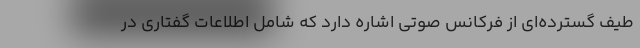
طیف گسترده‌ای از فرکانس صوتی اشاره دارد که شامل اطلاعات گفتاری در